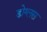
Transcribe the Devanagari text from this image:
डोग्लस